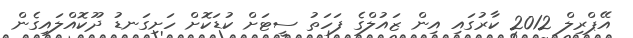
އޭޕްރިލް 2012 ކާރުގައި އިން ޒައުލްގެ ފަހަތު ސީޓަށް ކުޑަކޮށް ހަށިގަނޑު ދޫކޮއްލައިގެން